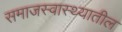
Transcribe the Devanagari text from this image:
समाजस्वास्थ्यातील